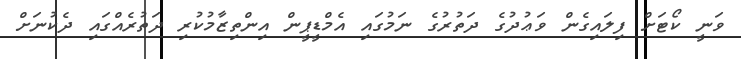
ވަނީ ކޯޓަށް ފިލައިގެން ވަޢުދުގެ ދަތުރުގެ ނަމުގައި އެމްޑީޕީން އިންތިޒާމުކުރި ދަތުރެއްގައި ދެކުނަށް